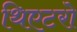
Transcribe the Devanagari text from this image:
थिएटरो